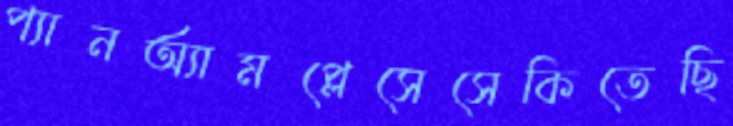
প্যানঅ্যামপ্লেসেসেকিতেছি